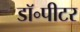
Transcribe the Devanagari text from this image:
डॉ॰पीटर